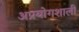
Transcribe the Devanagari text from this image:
अप्रयोगशाली